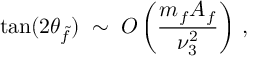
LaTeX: \tan ( 2 \theta _ { \tilde { f } } ) \; \sim \; { \cal O } \left( \frac { m _ { f } A _ { f } } { \nu _ { 3 } ^ { 2 } } \right) \, ,